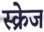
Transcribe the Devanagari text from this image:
स्क्रेज